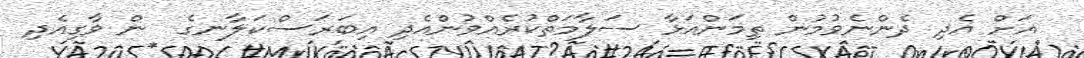
އަށް އެދި ދެންނެވުމުން ތިމަންއަޅާ ސަލާމަތްކުރެއްވުންއެދި އިބަރަސްކަލާނގެ  ން ވާގިއެދި